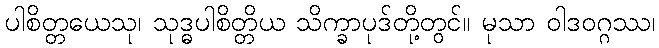
ပါစိတ္တယေသု၊ သုဒ္ဓပါစိတ္တိယ သိက္ခာပုဒ်တို့တွင်။ မုသာ ဝါဒဝဂ္ဂဿ၊